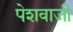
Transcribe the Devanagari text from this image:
पेशवाजी